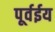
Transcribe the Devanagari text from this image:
पूर्वईय